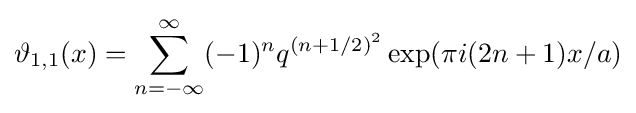
\vartheta _{1,1}(x)=\sum _{n=-\infty }^{\infty }(-1)^{n}q^{(n+1/2)^{2}}\exp(\pi i(2n+1)x/a)